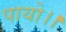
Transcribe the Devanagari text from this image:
पायो।।